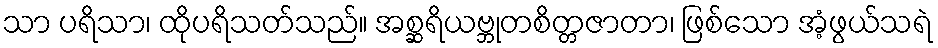
သာ ပရိသာ၊ ထိုပရိသတ်သည်။ အစ္ဆရိယဗ္ဘုတစိတ္တဇာတာ၊ ဖြစ်သော အံ့ဖွယ်သရဲ